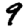
Digit: 9